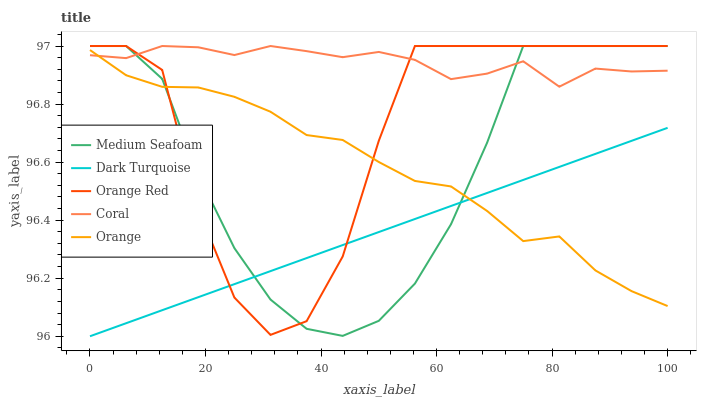
| xaxis_label | Medium Seafoam | Dark Turquoise | Orange Red | Coral | Orange |
 | --- | --- | --- | --- | --- | --- |
 | 0 | 97 | 96 | 97 | 97 | 97 |
 | 6.25 | 97 | 96 | 97 | 97 | 96.9 |
 | 12.5 | 96.9 | 96.1 | 96.9 | 97 | 96.9 |
 | 18.8 | 96.6 | 96.1 | 96.4 | 97 | 96.9 |
 | 25 | 96.3 | 96.2 | 96.1 | 97 | 96.8 |
 | 31.2 | 96.1 | 96.2 | 96 | 97 | 96.8 |
 | 37.5 | 96 | 96.3 | 96.1 | 97 | 96.7 |
 | 43.8 | 96 | 96.3 | 96.3 | 97 | 96.7 |
 | 50 | 96.1 | 96.4 | 96.7 | 97 | 96.6 |
 | 56.2 | 96.2 | 96.4 | 97 | 97 | 96.5 |
 | 62.5 | 96.4 | 96.4 | 97 | 96.9 | 96.5 |
 | 68.8 | 96.7 | 96.5 | 97 | 96.9 | 96.4 |
 | 75 | 97 | 96.5 | 97 | 96.9 | 96.3 |
 | 81.2 | 97 | 96.6 | 97 | 96.9 | 96.3 |
 | 87.5 | 97 | 96.6 | 97 | 96.9 | 96.2 |
 | 93.8 | 97 | 96.7 | 97 | 96.9 | 96.2 |
 | 100 | 97 | 96.7 | 97 | 96.9 | 96.1 |